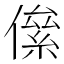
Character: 㒍